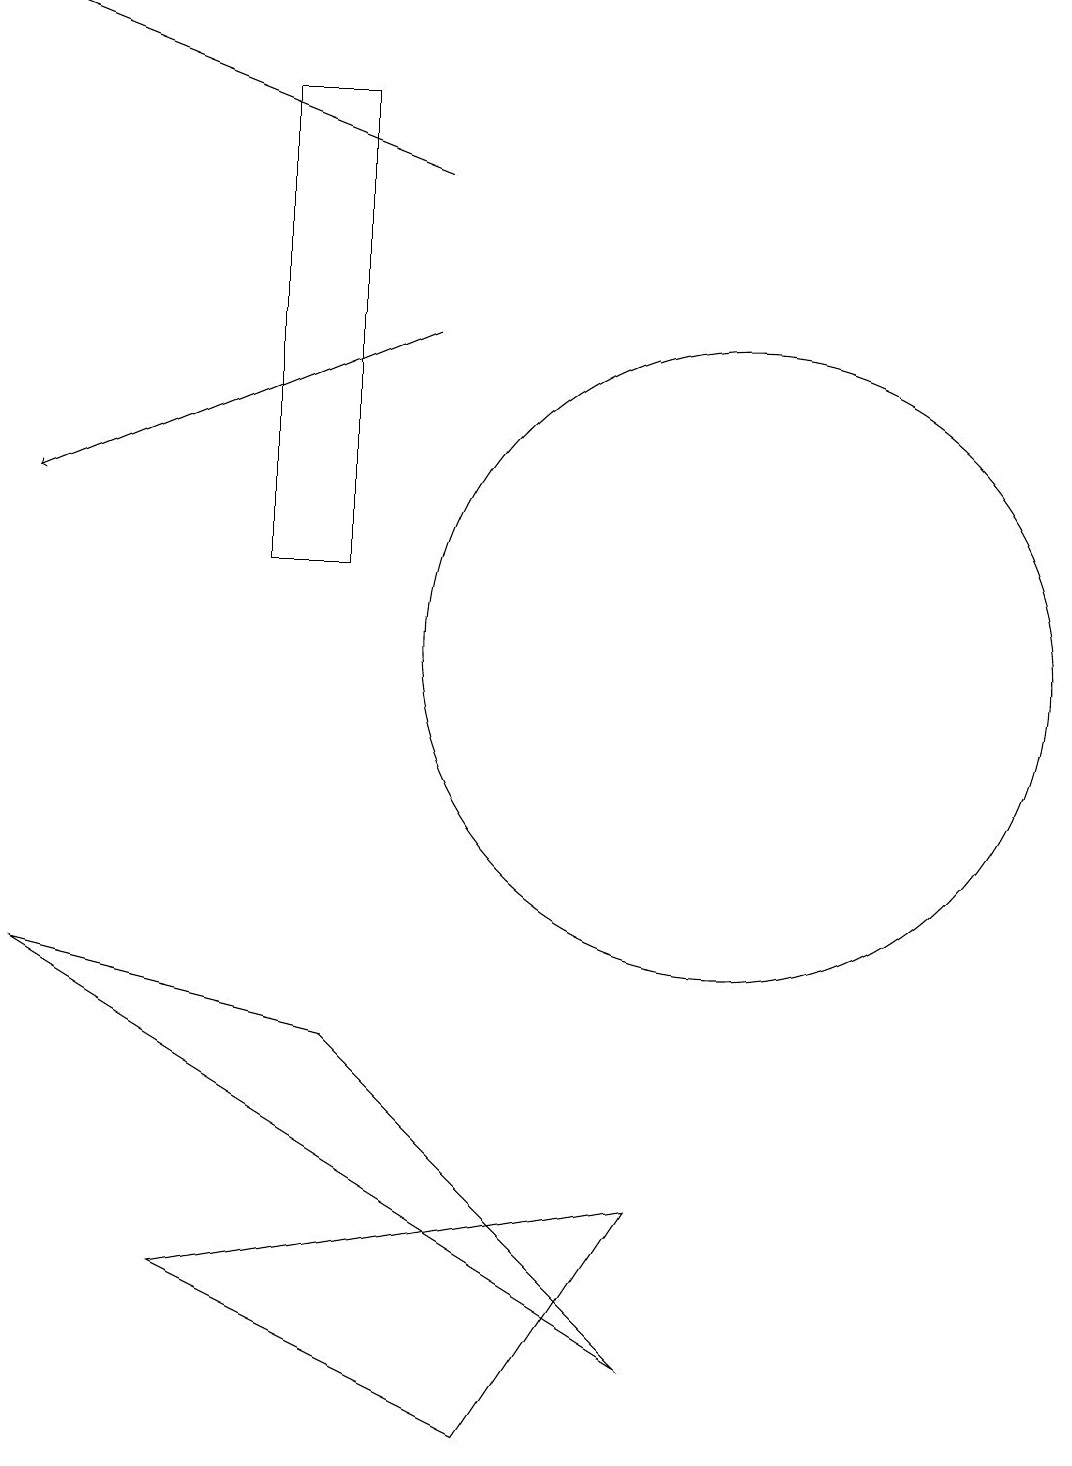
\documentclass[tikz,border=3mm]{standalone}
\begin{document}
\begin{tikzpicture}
\draw (4,12) rectangle (5,18);
\draw[->] (6,15) -- (1,13);
\draw (9,4) -- (7,1) -- (3,3) -- cycle;
\draw (10,11) circle (4);
\draw[->] (6,17) -- (1,19);
\draw (11,10) circle (0);
\draw (1,7) -- (9,2) -- (5,6) -- cycle;
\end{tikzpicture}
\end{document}